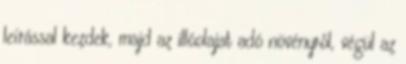
leírással kezdek, majd az illóolajat adó növényről, végül az